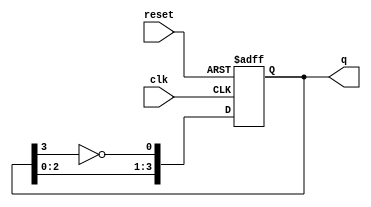
module modified_johnson_counter #(
    parameter n = 4 // Number of flip-flops
)(
    input wire clk,       // Clock signal
    input wire reset,     // Asynchronous reset
    output reg [n-1:0] q // Output of the counter
);

    // Internal signal for the feedback
    wire feedback;

    // Invert the output of the last flip-flop for feedback
    assign feedback = ~q[n-1];

    always @(posedge clk or posedge reset) begin
        if (reset) begin
            // Asynchronous reset to a known state (usually 0)
            q <= 0;
        end else begin
            // Shift the states and apply feedback
            q <= {q[n-2:0], feedback};
        end
    end

endmodule